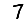
Digit: 7